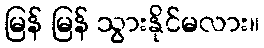
မြန် မြန် သွားနိုင်မလား။